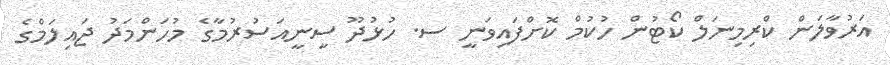
އަރުވާލަން ކްރިމިނަލް ކޯޓުން ހުކުމް ކޮށްފައިވަނީ ސ. ހުޅުދޫ ސީނީއަސުރުމާގެ މުހަންމަދު ޖައިލަމްގެ